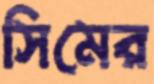
সিমের